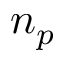
n _ { p }